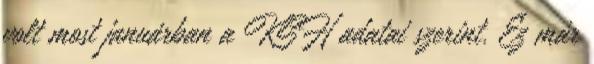
volt most januárban a KSH adatai szerint. Ez már